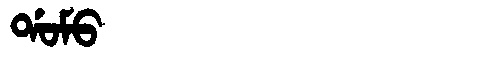
Manchu: ᡩᠣᠮᠣ
Romanization: DOMO